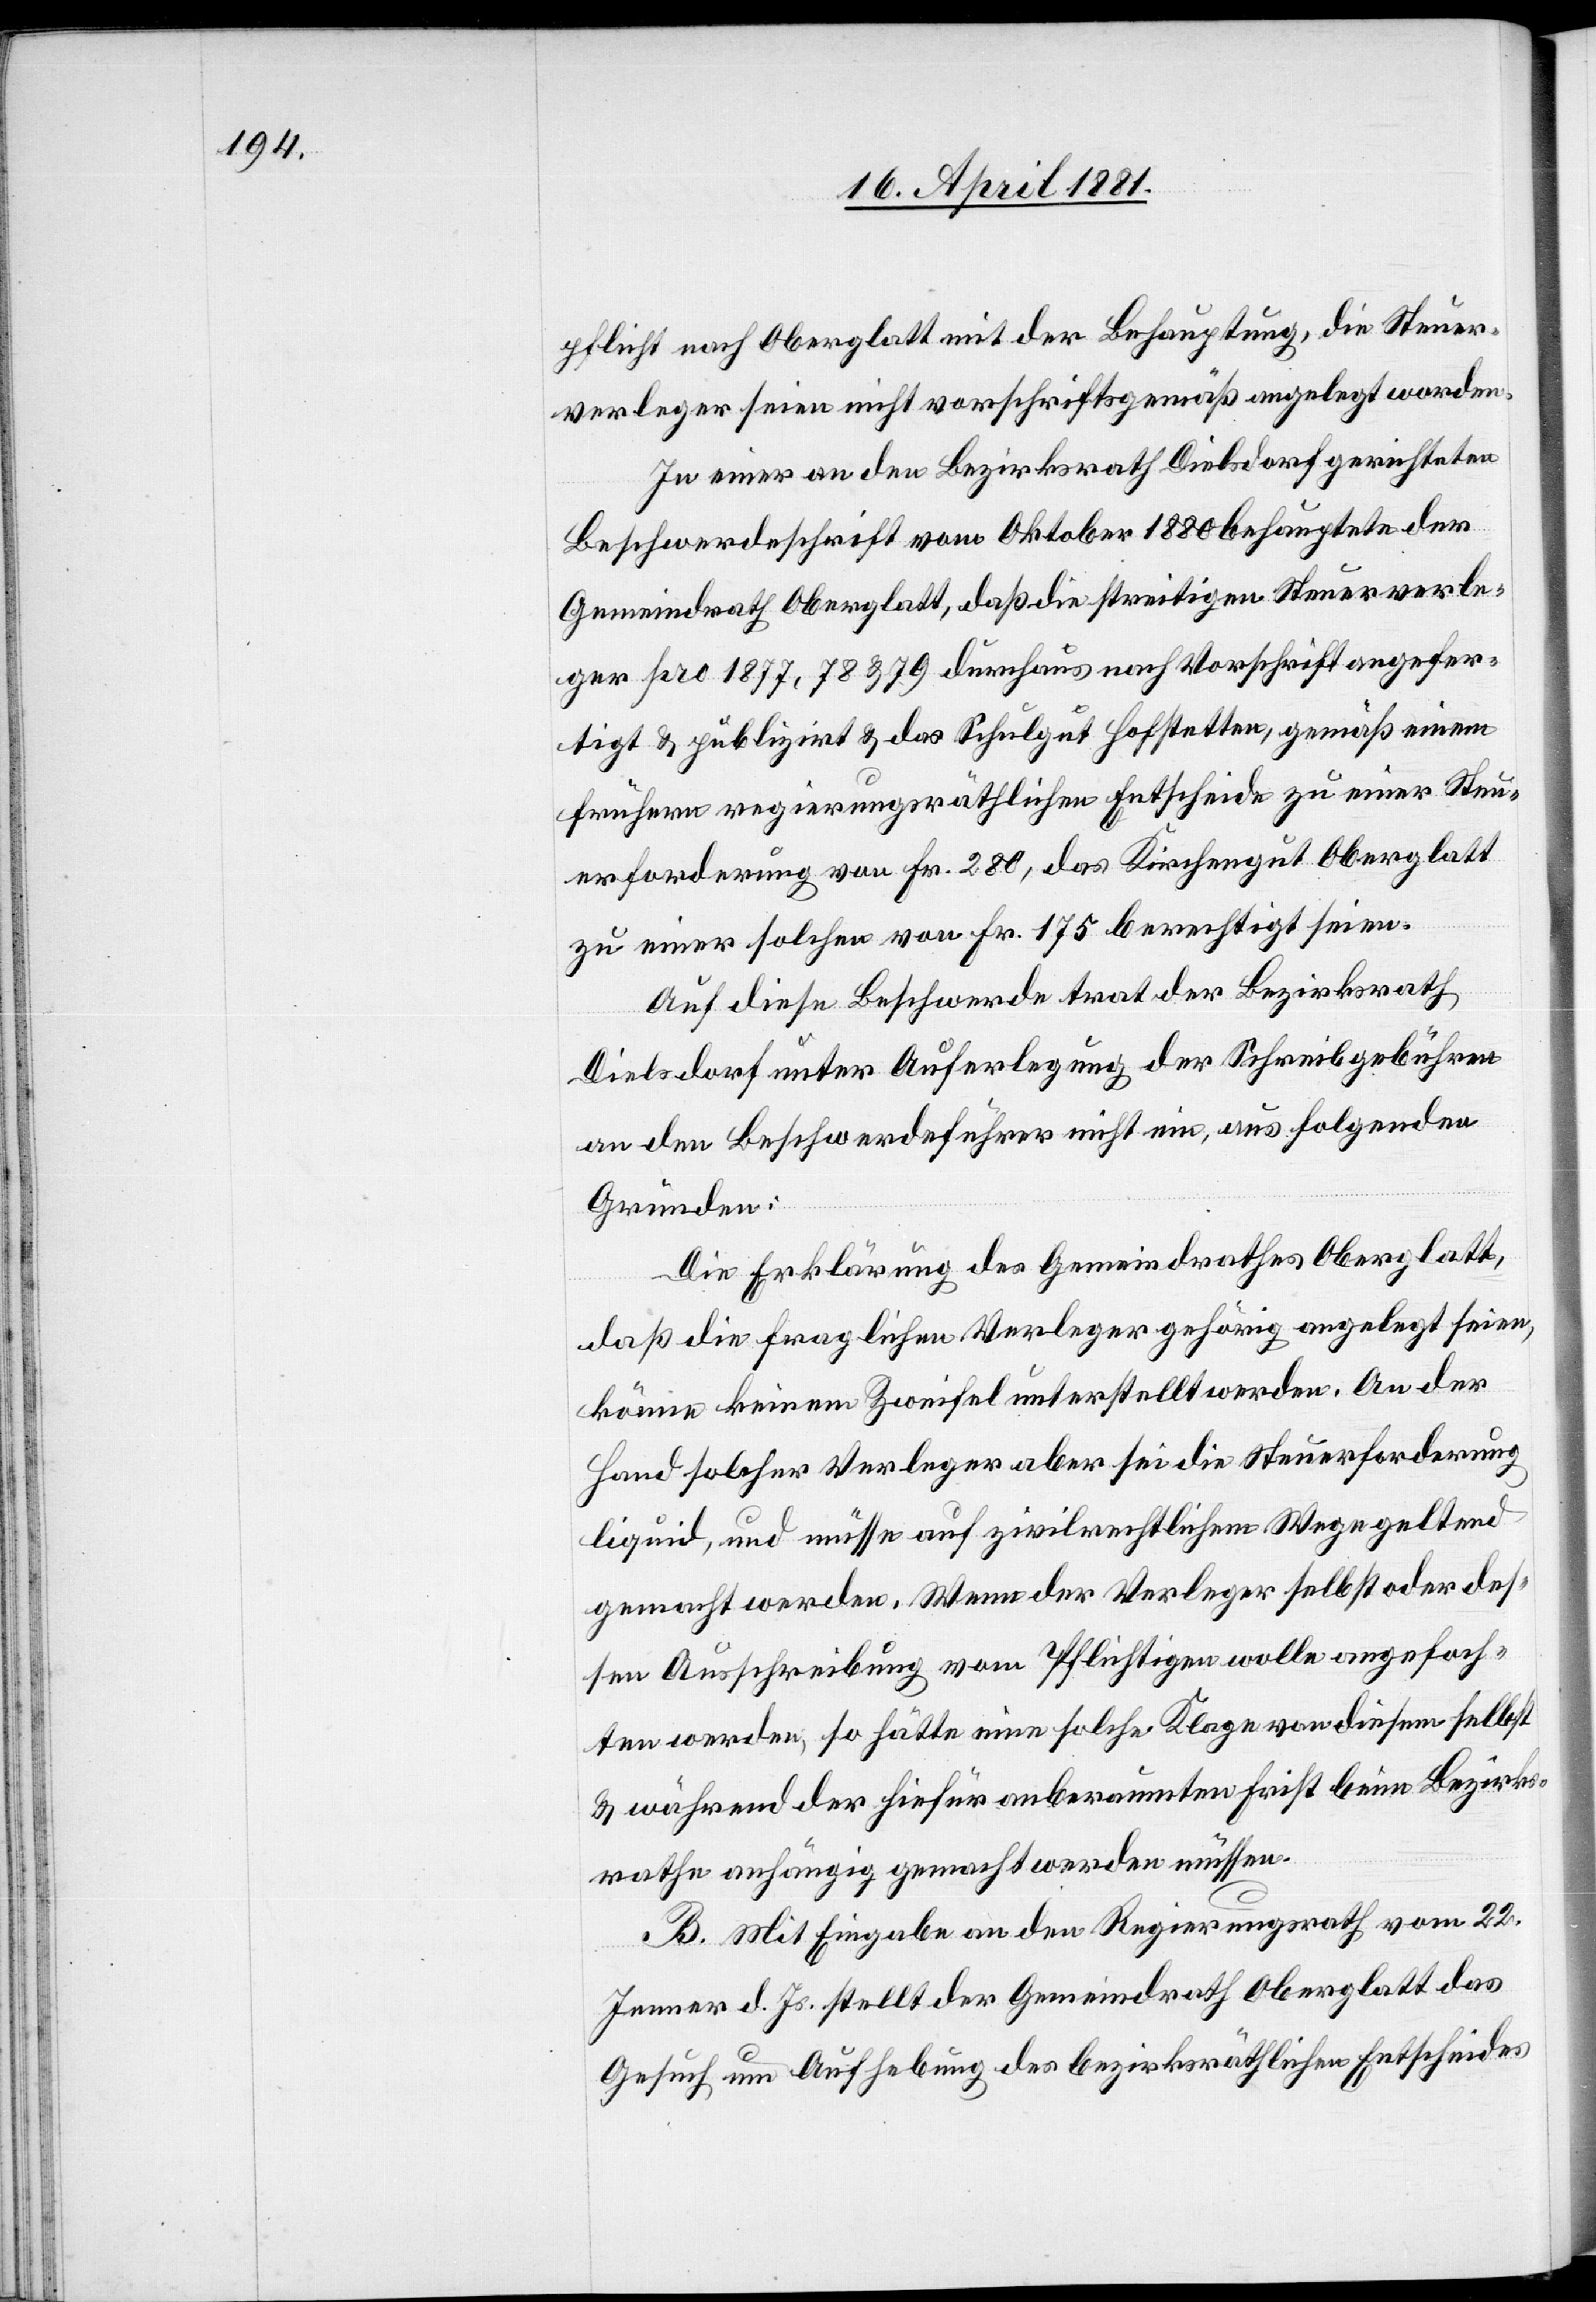
pflicht nach Oberglatt mit der Behauptung, die Steuer¬
verleger seien nicht vorschriftsgemäß angelegt worden.
In einer an den Bezirksrath Dielsdorf gerichteten
Beschwerdeschrift vom Oktober 1880 behauptete der
Gemeindrath Oberglatt, daß die streitigen Steuerverle¬
ger pro 1877, 78 & 79 durchaus nach Vorschrift angefer¬
tigt & publizirt & das Schulgut Hofstetten, gemäß einem
frühern regierungsräthlichen Entscheide zu einer Steu¬
erforderung von Fr. 180, das Kirchengut Oberglatt
zu einer solchen von Fr. 175 berechtigt seien.
Auf diese Beschwerde trat der Bezirksrath
Dielsdorf unter Auferlegung der Schreibgebühren
an den Beschwerdeführer nicht ein, aus folgenden
Gründen:
Die Erklärung des Gemeindrathes Oberglatt,
daß die fraglichen Verleger gehörig angelegt seien,
könne keinem Zweifel unterstellt werden. An der
Hand solcher Verleger aber sei die Steuerforderung
liquid, und müsse auf zivilrechtlichem Wege geltend
gemacht werden. Wenn der Verleger selbst oder des¬
sen Ausschreibung vom Pflichtigen wolle angefoch¬
ten werden, so hätte eine solche Klage von diesem selbst
& während der hiefür anberaumten Frist beim Bezirks¬
rath anhängig gemacht werden müssen.
B. Mit Eingabe an den Regierungsrath vom 22.
Jenner d. Js. stellt der Gemeindrath Oberglatt das
Gesuch um Aufhebung des bezirksräthlichen Entscheides